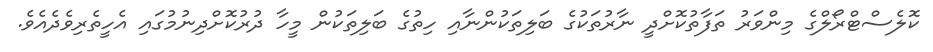
ކޮލެސްޓްރޯލްގެ މިންވަރު ތަފާތުކޮށްދީ ނާރުތަކުގެ ބަލިތަކުންނާއި ހިތުގެ ބަލިތަކުން މީހާ ދުރުކޮށްދިނުމުގައި އެހީތެރިވެދެއެވެ.